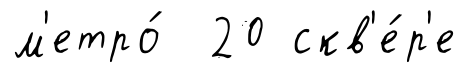
м'етро́ 20 скв'е́р'е